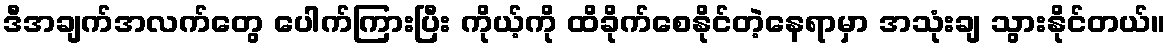
ဒီအချက်အလက်တွေ ပေါက်ကြားပြီး ကိုယ့်ကို ထိခိုက်စေနိုင်တဲ့နေရာမှာ အသုံးချ သွားနိုင်တယ်။